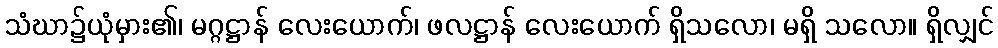
သံဃာ၌ယုံမှား၏၊ မဂ္ဂဋ္ဌာန် လေးယောက်၊ ဖလဋ္ဌာန် လေးယောက် ရှိသလော၊ မရှိ သလော။ ရှိလျှင်